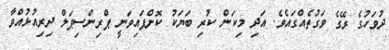
ދުވަހުގެ ރޭގެ ވަގުތެއްގައެވެ. އަދި މިކަން ކުރި ބަޔަކު ކޮށްފައިވަނީ ޕްރިންސިޕަލް ދިރިއުޅުއްވާ